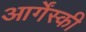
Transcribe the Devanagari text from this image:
आर्गेंस्की